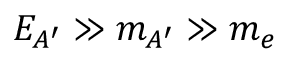
E _ { A ^ { \prime } } \gg m _ { A ^ { \prime } } \gg m _ { e }